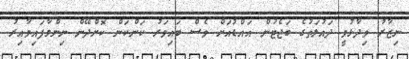
ނިޒާރު ވިދާޅުވީ ދައުލަތުގެ ބަޖެޓުން އައްޑުއަށް ވެސް ބައިވަރު ކަންކަން ކޮށްދޭން ނިންމާފައިވާއިރު